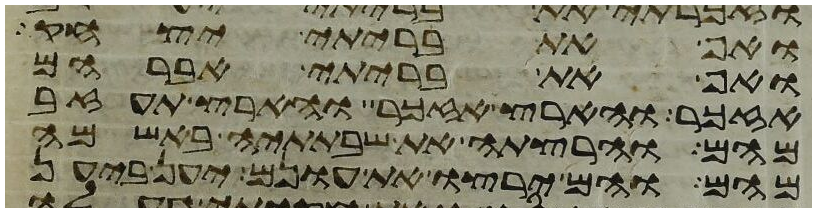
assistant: ואף את בריתי יצחק
ואף את בריתי אברהם
אזכר והארץ אזכר והארץ תעזב
מהם והרצתה את שבתתיה באשמה
מהם והם ירצו את עונם יען ביען